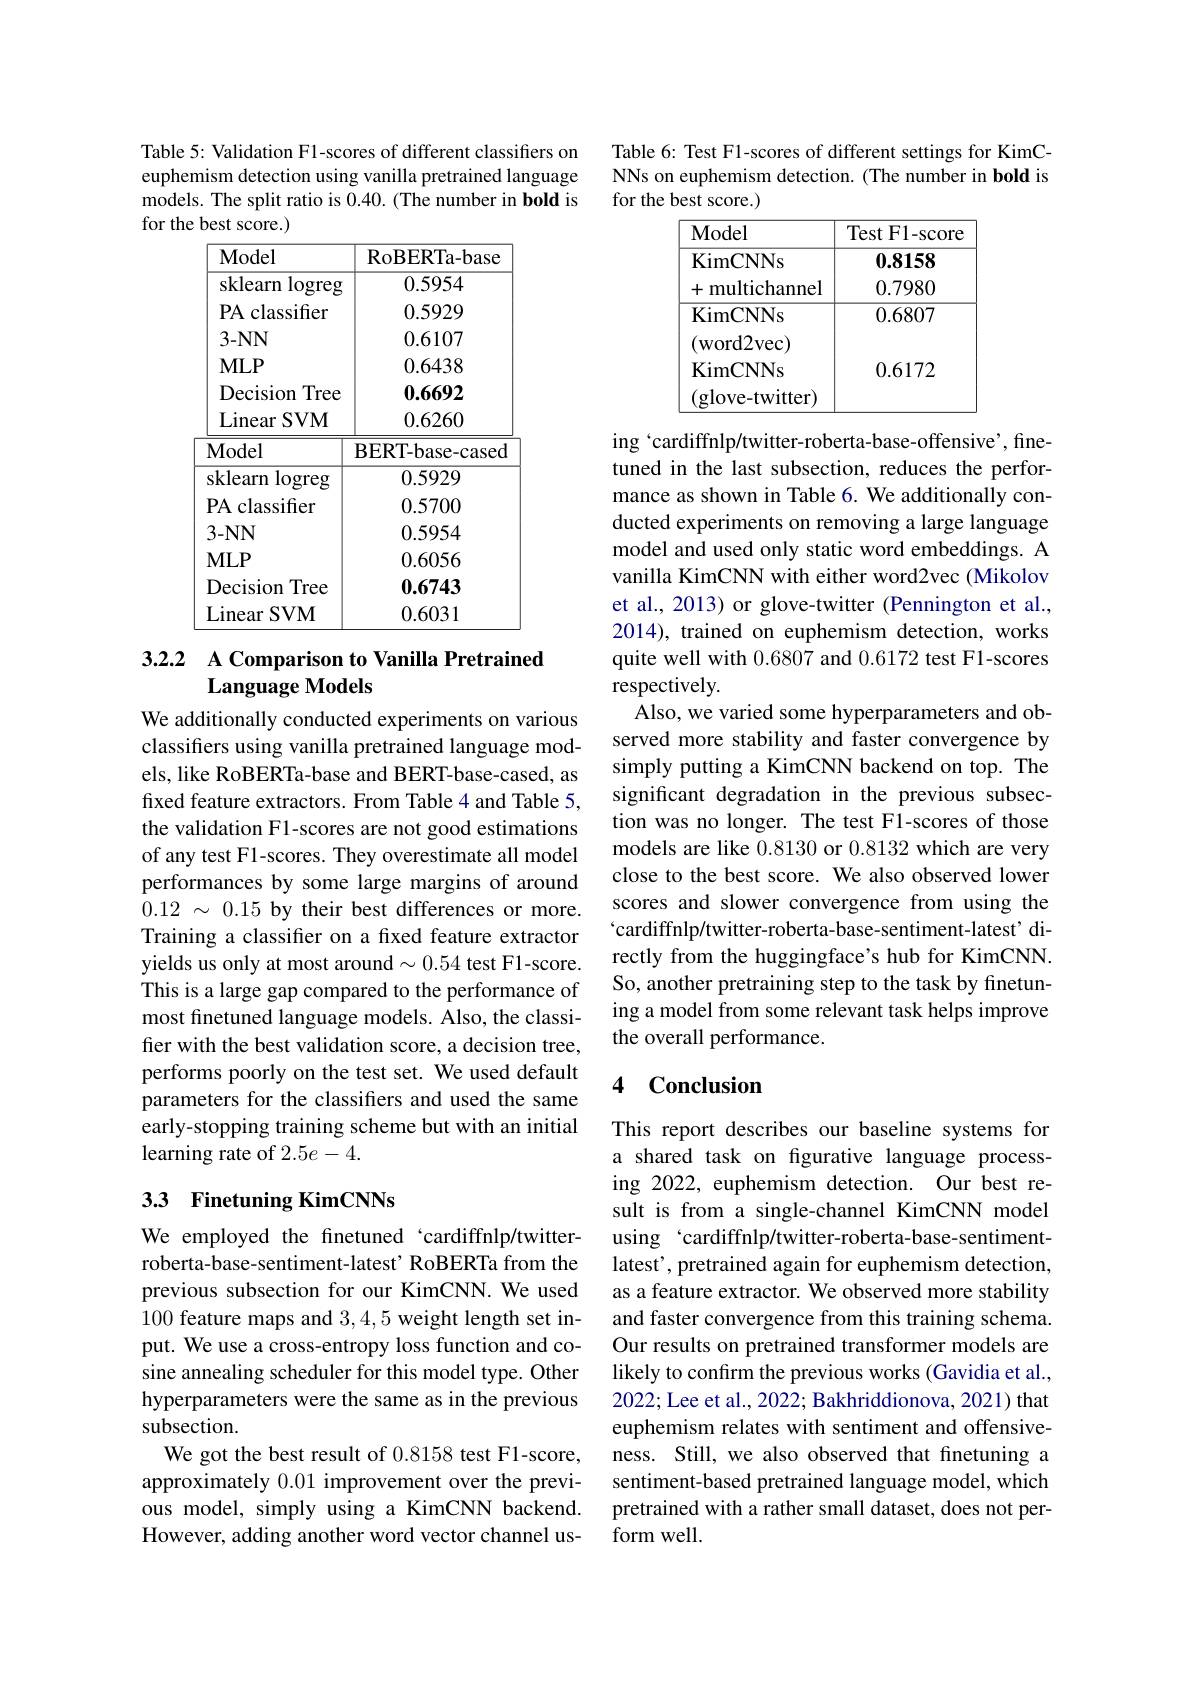
Table 5: Validation F1-scores of different classifiers on euphemism detection using vanilla pretrained language models. The split ratio is 0.40. (The number in bold is for the best score.)

<table>
	<tbody>
		<tr>
			<th>Model</th>
			<th>RoBERTa- base</th>
		</tr>
		<tr>
			<td>sklearn $\log$reg</td>
			<td>0.5954</td>
		</tr>
		<tr>
			<td>PA classifier</td>
			<td>0.5929</td>
		</tr>
		<tr>
			<td>$3-NN$</td>
			<td>0.6107</td>
		</tr>
		<tr>
			<td>$MLP$</td>
			<td>0.6438</td>
		</tr>
		<tr>
			<td>Decision Tree</td>
			<td>0.6692</td>
		</tr>
		<tr>
			<td>Linear $SVM$</td>
			<td>0.6260</td>
		</tr>
		<tr>
			<td>$\mathbf{Model}$</td>
			<td>BERT-base-cased</td>
		</tr>
		<tr>
			<td>sklearn $\log$reg</td>
			<td>0.5929</td>
		</tr>
		<tr>
			<td>PA classifier</td>
			<td>0.5700</td>
		</tr>
		<tr>
			<td>$3-NN$</td>
			<td>0.5954</td>
		</tr>
		<tr>
			<td>$MLP$</td>
			<td>0.6056</td>
		</tr>
		<tr>
			<td>Tree Decision</td>
			<td>0.6743</td>
		</tr>
		<tr>
			<td>Linear $SVM$</td>
			<td>0.6031</td>
		</tr>
	</tbody>
</table>

### 3.2.2 A Comparison to Vanilla Pretrained Language Models

We additionally conducted experiments on various classifers using vanilla pretrained language models, like RoBERTa-base and BERT-base-cased, as fixed feature extractors. From Table 4 and Table 5, the validation F1-scores are not good estimations of any test F1-scores. They overestimate all model performances by some large margins of around $0.12~\sim~0.15~$by their best differences or more. Training a classifer on a fixed feature extractor yields us only at most around $\sim0.54$ test F1-score. This is a large gap compared to the performance of most finetuned language models. Also, the classifer with the best validation score, a decision tree, performs poorly on the test set. We used default parameters for the classifiers and used the same early-stopping training scheme but with an initial learning rate of $2.5e-4.$

## 3.3 Finetuning KimCNNs

We employed the finetuned ‘cardiffnlp/twitterroberta-base-sentiment-latest' RoBERTa from the previous subsection for our KimCNN. We used 100 feature maps and 3,4,5 weight length set input. We use a cross-entropy loss function and cosine annealing scheduler for this model type. Other hyperparameters were the same as in the previous subsection.
We got the best result of 0.8158 test F1-score, approximately 0.01 improvement over the previous model, simply using a KimCNN backend. However, adding another word vector channel us-

Table 6: Test F1-scores of different settings for KimCNNs on euphemism detection. (The number in bold is for the best score.)

<table>
	<tbody>
		<tr>
			<th>Model</th>
			<th>Test F1-score</th>
		</tr>
		<tr>
			<td>KimCNNs</td>
			<td>0.8158</td>
		</tr>
		<tr>
			<td>十 multichannel</td>
			<td>0.7980</td>
		</tr>
	</tbody>
</table>

ing ‘cardiffnlp/twitter-roberta-base-offensive’, finetuned in the last subsection, reduces the performance as shown in Table 6. We additionally conducted experiments on removing a large language model and used only static word embeddings. A vanilla KimCNN with either word2vec (Mikolov et al., 2013) or glove-twitter (Pennington et al., 2014), trained on euphemism detection, works quite well with 0.6807 and 0.6172 test F1-scores respectively.
Also, we varied some hyperparameters and observed more stability and faster convergence by simply putting a KimCNN backend on top. The significant degradation in the previous subsection was no longer. The test F1-scores of those models are like 0.8130 or 0.8132 which are very close to the best score. We also observed lower scores and slower convergence from using the $`$cardiffnlp/twitter-roberta-base-sentiment-latest' directly from the huggingface's hub for KimCNN. So, another pretraining step to the task by finetuning a model from some relevant task helps improve the overall performance.

### 4 Conclusion

This report describes our baseline systems for a shared task on fgurative language processing 2022, euphemism detection. Our best result is from a single-channel KimCNN model using ‘cardiffnlp/twitter-roberta-base-sentimentlatest', pretrained again for euphemism detection, as a feature extractor. We observed more stability and faster convergence from this training schema. Our results on pretrained transformer models are likely to confirm the previous works (Gavidia et al., 2022; Lee et al., 2022; Bakhriddionova, 2021) that euphemism relates with sentiment and offensiveness. Still, we also observed that fnetuning a sentiment-based pretrained language model, which pretrained with a rather small dataset, does not perform well.